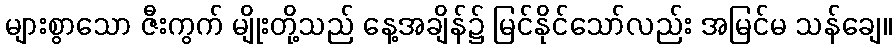
များစွာသော ဇီးကွက် မျိုးတို့သည် နေ့အချိန်၌ မြင်နိုင်သော်လည်း အမြင်မ သန်ချေ။